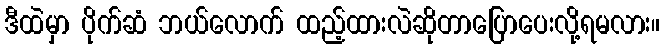
ဒီထဲမှာ ပိုက်ဆံ ဘယ်လောက် ထည့်ထားလဲဆိုတာပြောပေးလို့ရမလား။